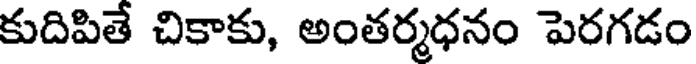
కుదిపితే చికాకు, అంతర్మధనం పెరగడం